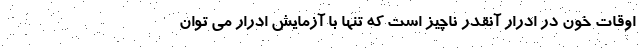
اوقات خون در ادرار آنقدر ناچیز است که تنها با آزمایش ادرار می توان